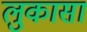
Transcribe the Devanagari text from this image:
लुकासा